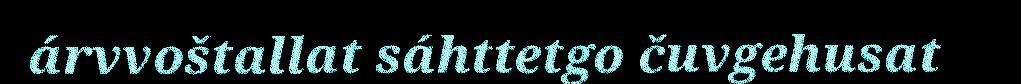
árvvoštallat sáhttetgo čuvgehusat